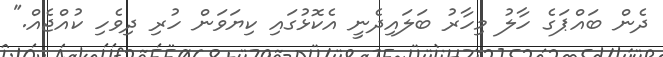
ދެން ބައްޕަގެ ހާލު މިހާރު ބަލައިދެނީ އެކޮޅުގައި ކިޔަވަން ހުރި ދިވެހި ކުއްޖެއް."